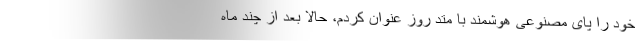
خود را پای مصنوعی هوشمند با متد روز عنوان کردم، حالا بعد از چند ماه